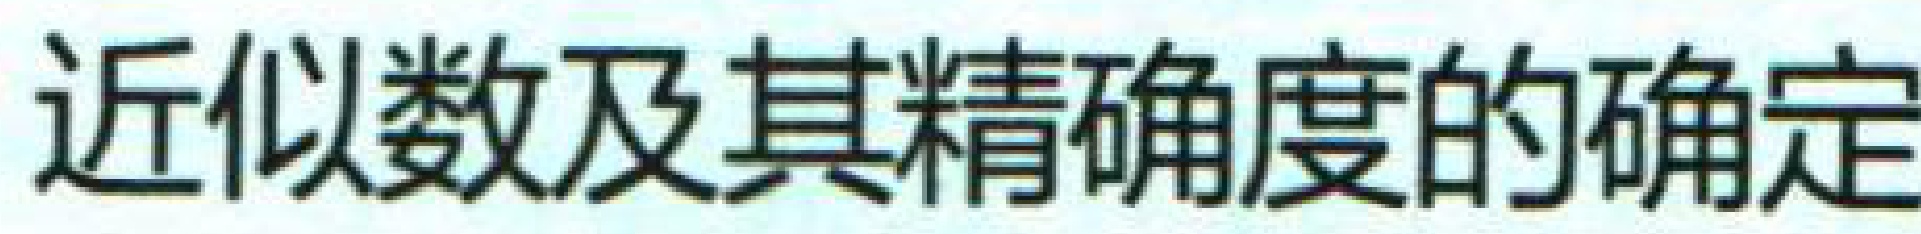
近似数及其精确度的确定